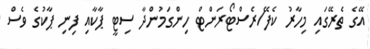
އޭގެ ތެރޭގައި މިހާރު ކެފޭ/ރެސްޓޯރަންޓް ހިންގަމުންދާ ސިޓީ ޕާކާއި ފިނި ޕާކުގެ ވެސް